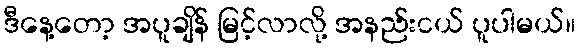
ဒီနေ့တော့ အပူချိန် မြင့်လာလို့ အနည်းငယ် ပူပါမယ်။